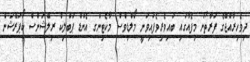
ދިވެހިރާއްޖޭގެ ފަރާތުން މިފެއާގައި ބައިވެރިވެފައިވަނީ މޯލްޑިވްސް މާކެޓިންގ އެންޑް ޕަބްލިކް ރިލޭޝަންސް ކޯޕަރޭޝަން